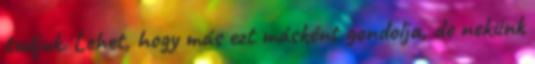
tudjuk. Lehet, hogy más ezt másként gondolja, de nekünk